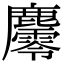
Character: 𪋪